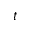
t